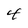
Character: 4